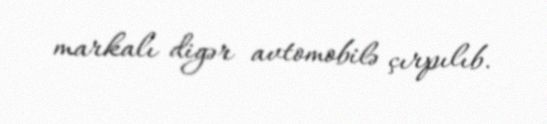
markalı digər avtomobilə çırpılıb.